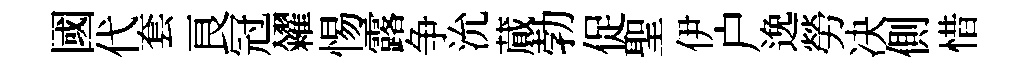
國代套良冠糴惕露争沇蕆勃促聖伊户𨓜勞决側惜